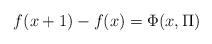
LaTeX: \begin{align*}f(x+1)-f(x)=\Phi (x,\Pi)\end{align*}